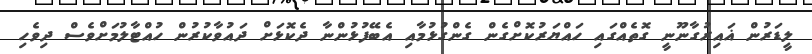
ލީޑަރުން ޣައިރުގާނޫނީ ގޮތެއްގައި ހައްޔަރުކޮށްގެން ގެންގުޅުމާއި އެބޭފުޅުންނާ ދެކޮޅަށް ދައުވާކުރުން ހުއްޓާލުމަށްވެސް ދިވެހި